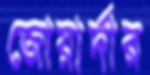
জোয়ার্দার